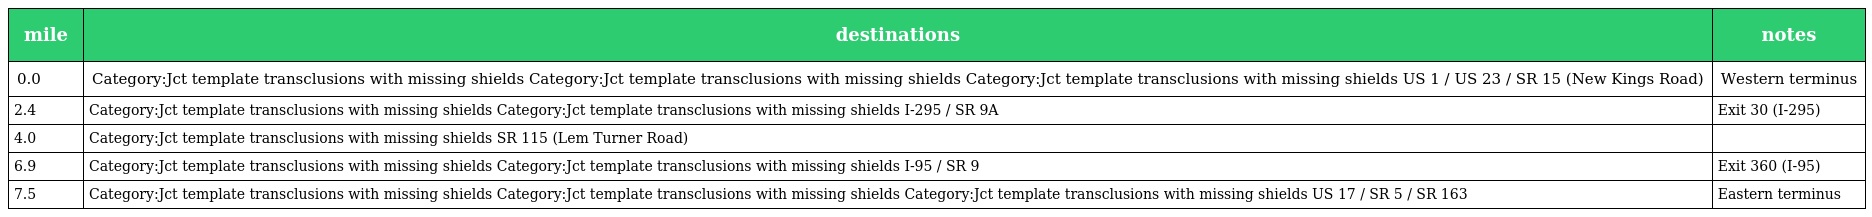
| mile | destinations | notes |
 | --- | --- | --- |
 | 0.0 | Category:Jct template transclusions with missing shields Category:Jct template transclusions with missing shields Category:Jct template transclusions with missing shields US 1 / US 23 / SR 15 (New Kings Road) | Western terminus |
 | 2.4 | Category:Jct template transclusions with missing shields Category:Jct template transclusions with missing shields I-295 / SR 9A | Exit 30 (I-295) |
 | 4.0 | Category:Jct template transclusions with missing shields SR 115 (Lem Turner Road) |  |
 | 6.9 | Category:Jct template transclusions with missing shields Category:Jct template transclusions with missing shields I-95 / SR 9 | Exit 360 (I-95) |
 | 7.5 | Category:Jct template transclusions with missing shields Category:Jct template transclusions with missing shields Category:Jct template transclusions with missing shields US 17 / SR 5 / SR 163 | Eastern terminus |